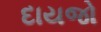
દાયજો